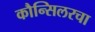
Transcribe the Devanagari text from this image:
कौन्सिलरचा